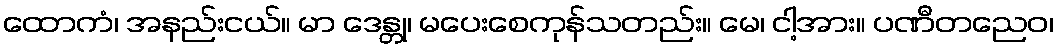
ထောကံ၊ အနည်းငယ်။ မာ ဒေန္တု၊ မပေးစေကုန်သတည်း။ မေ၊ ငါ့အား။ ပဏီတညေဝ၊